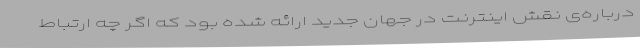
درباره‌ی نقش اینترنت در جهان جدید ارائه شده بود که اگر چه ارتباط